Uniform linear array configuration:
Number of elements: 24
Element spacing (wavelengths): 0.5
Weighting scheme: blackman
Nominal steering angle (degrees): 15
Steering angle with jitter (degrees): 13.099
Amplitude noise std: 0.05
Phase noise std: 0.05

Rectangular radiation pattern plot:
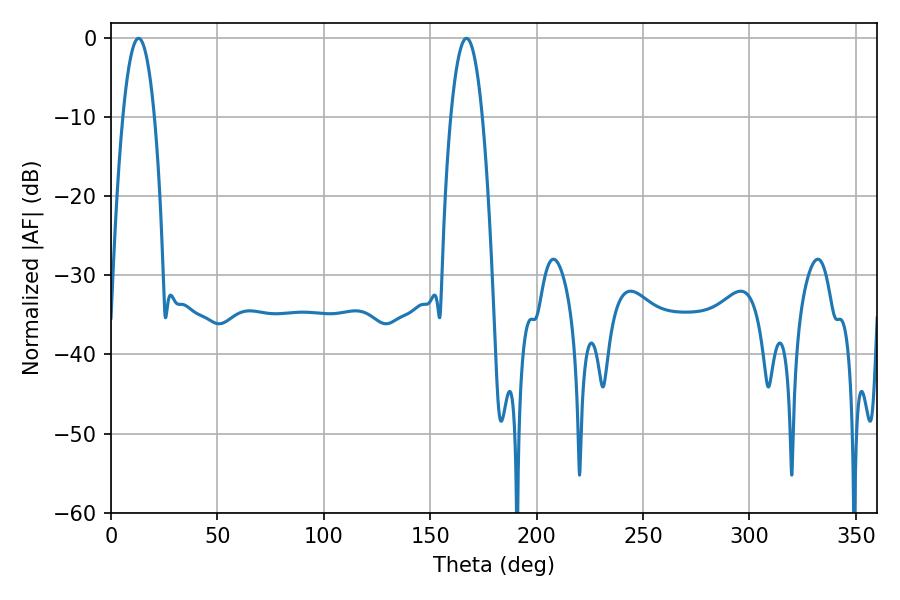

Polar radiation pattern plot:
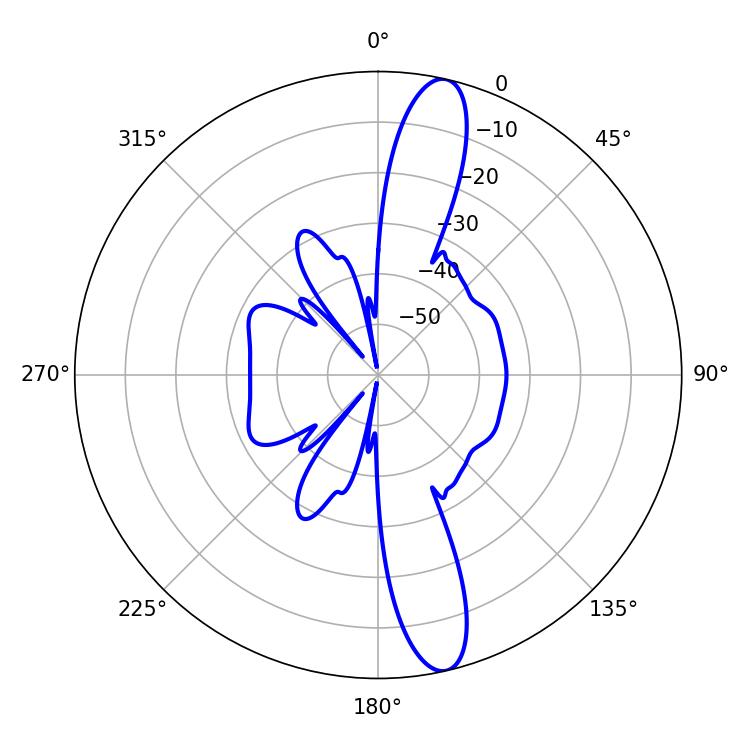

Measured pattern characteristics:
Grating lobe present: FALSE
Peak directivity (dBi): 14.656
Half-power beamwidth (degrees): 8.28
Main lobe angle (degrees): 12.96